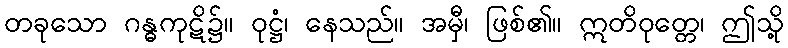
တခုသော ဂန္ဓကုဋိ၌။ ဝုဋ္ဌံ၊ နေသည်။ အမှီ၊ ဖြစ်၏။ ဣတိဝုတ္တေ၊ ဤသို့